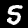
Label: 5